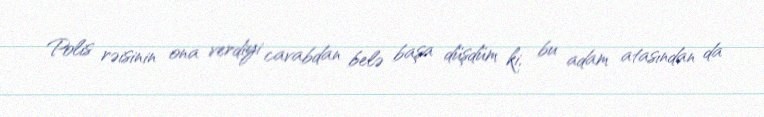
Polis rəisinin ona verdiyi cavabdan belə başa düşdüm ki, bu adam atasından da